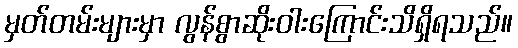
မှတ်တမ်းများမှာ လွန်စွာဆိုးဝါးကြောင်းသိရှိရသည်။